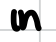
Text: in
Cross-out: clean
Writing tool: digital_black